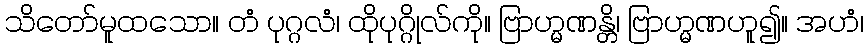
သိတော်မူထသော။ တံ ပုဂ္ဂလံ၊ ထိုပုဂ္ဂိုလ်ကို။ ဗြာဟ္မဏန္တိ၊ ဗြာဟ္မဏဟူ၍။ အဟံ၊